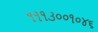
૧૧૧૩૦૦૧૦૪૬